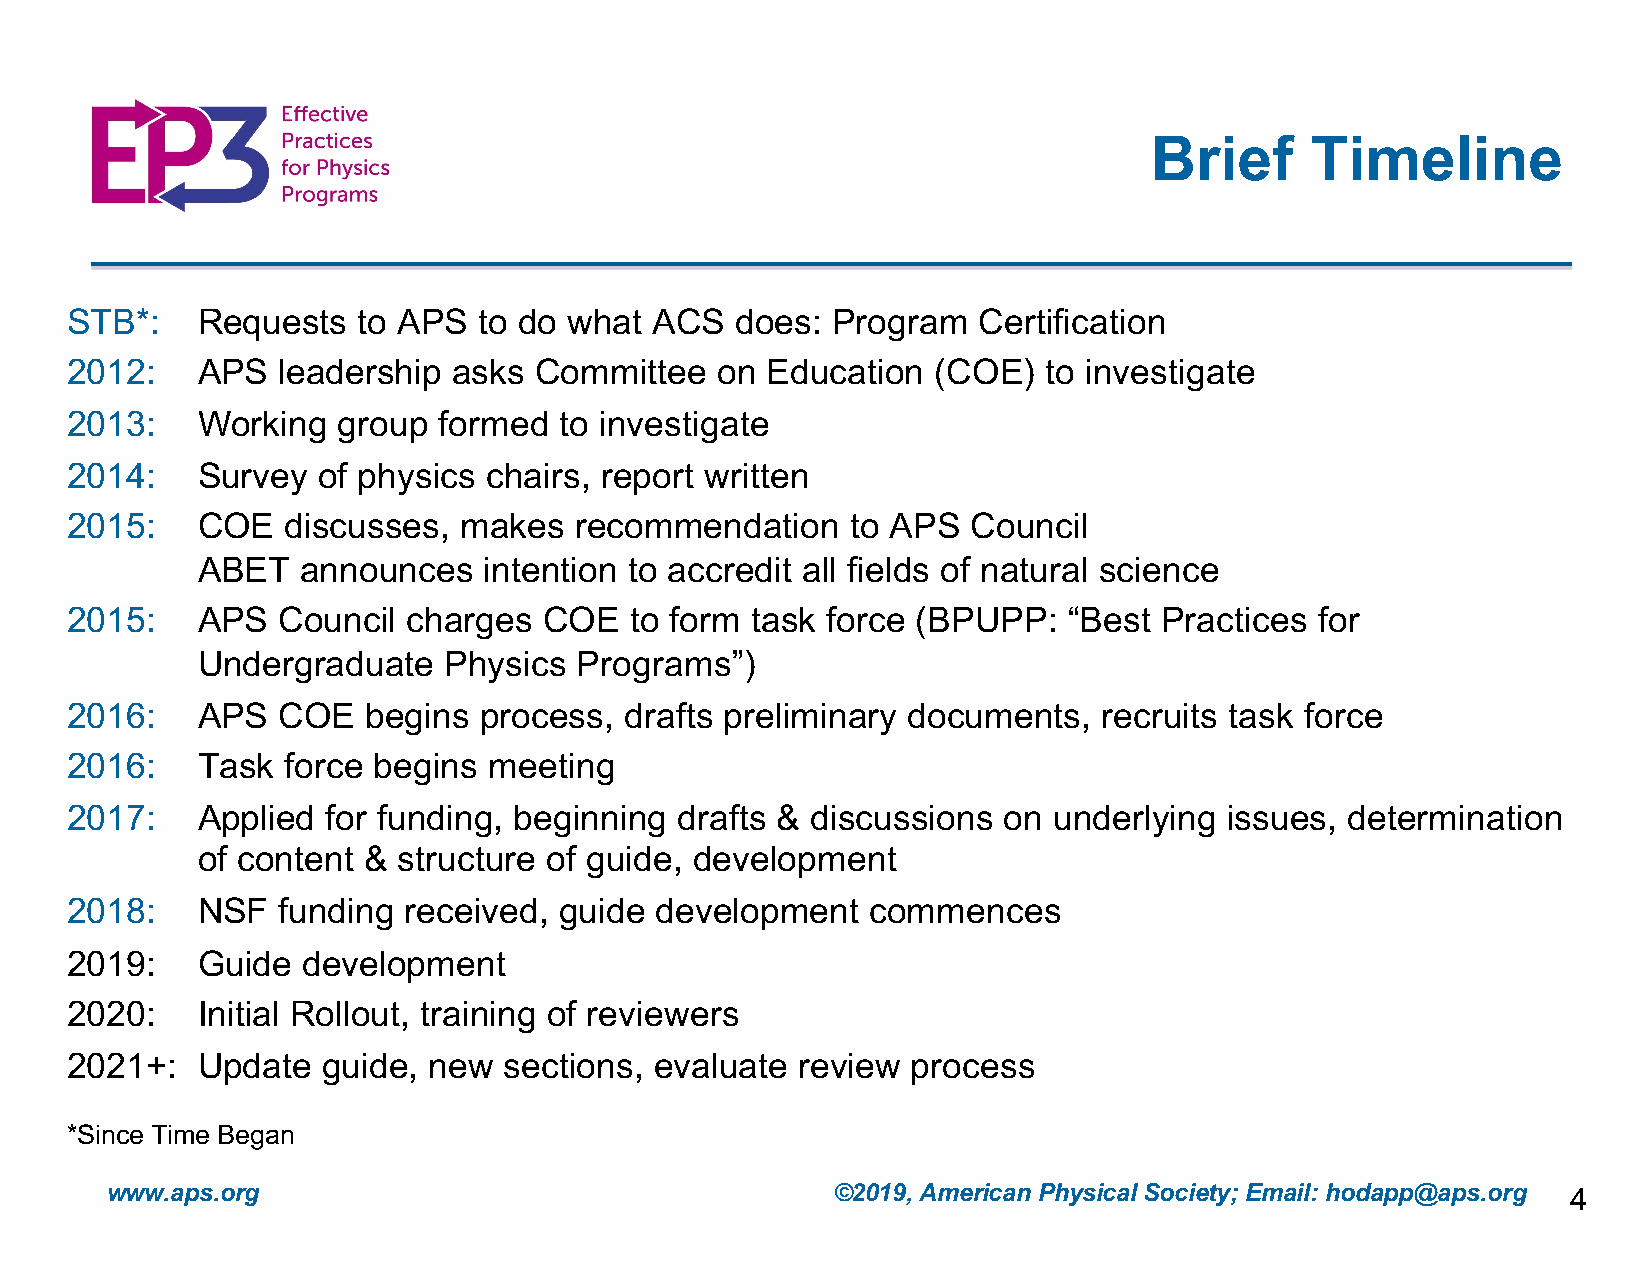
Brief      Timeline
 STB*:    Requests   to APS  to do what ACS   does: Program   Certification
 2012:    APS  leadership  asks Committee    on Education  (COE)  to investigate
 2013:    Working  group  formed  to investigate
 2014:    Survey  of physics chairs, report written
 2015:    COE   discusses,  makes  recommendation    to APS  Council
 ABET   announces   intention to accredit all fields of natural science
 2015:    APS  Council  charges  COE   to form task force (BPUPP:   “Best Practices for
 Undergraduate   Physics  Programs”)
 2016:    APS  COE   begins  process, drafts preliminary documents,   recruits task force
 2016:    Task  force begins meeting
 2017:    Applied  for funding, beginning drafts & discussions on  underlying issues, determination
 of content & structure of guide, development
 2018:    NSF  funding  received, guide development    commences
 2019:    Guide  development
 2020:    Initial Rollout, training of reviewers
 2021+:   Update  guide, new  sections, evaluate  review process
 *Since Time Began
 www.aps.org                                     ©2019, American Physical Society; Email: hodapp@aps.org 4